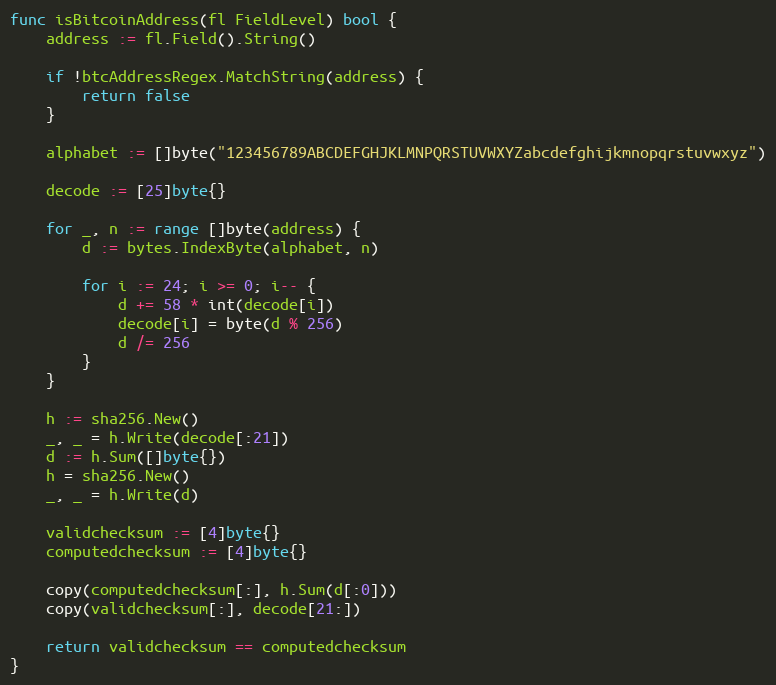
Language: Go
func isBitcoinAddress(fl FieldLevel) bool {
	address := fl.Field().String()

	if !btcAddressRegex.MatchString(address) {
		return false
	}

	alphabet := []byte("123456789ABCDEFGHJKLMNPQRSTUVWXYZabcdefghijkmnopqrstuvwxyz")

	decode := [25]byte{}

	for _, n := range []byte(address) {
		d := bytes.IndexByte(alphabet, n)

		for i := 24; i >= 0; i-- {
			d += 58 * int(decode[i])
			decode[i] = byte(d % 256)
			d /= 256
		}
	}

	h := sha256.New()
	_, _ = h.Write(decode[:21])
	d := h.Sum([]byte{})
	h = sha256.New()
	_, _ = h.Write(d)

	validchecksum := [4]byte{}
	computedchecksum := [4]byte{}

	copy(computedchecksum[:], h.Sum(d[:0]))
	copy(validchecksum[:], decode[21:])

	return validchecksum == computedchecksum
}